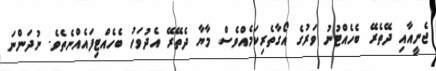
ޖެނީއާއި ދޭތެރޭ ބެެހެއްޓުނު ވަރުގެ އޯގާތެރިކަމެއްވެސް މާޔާ ދެތޭރޭ އެދުވަހު ބެހެއްޓިފައެއްނެތެވެ. ނުދަންނަ